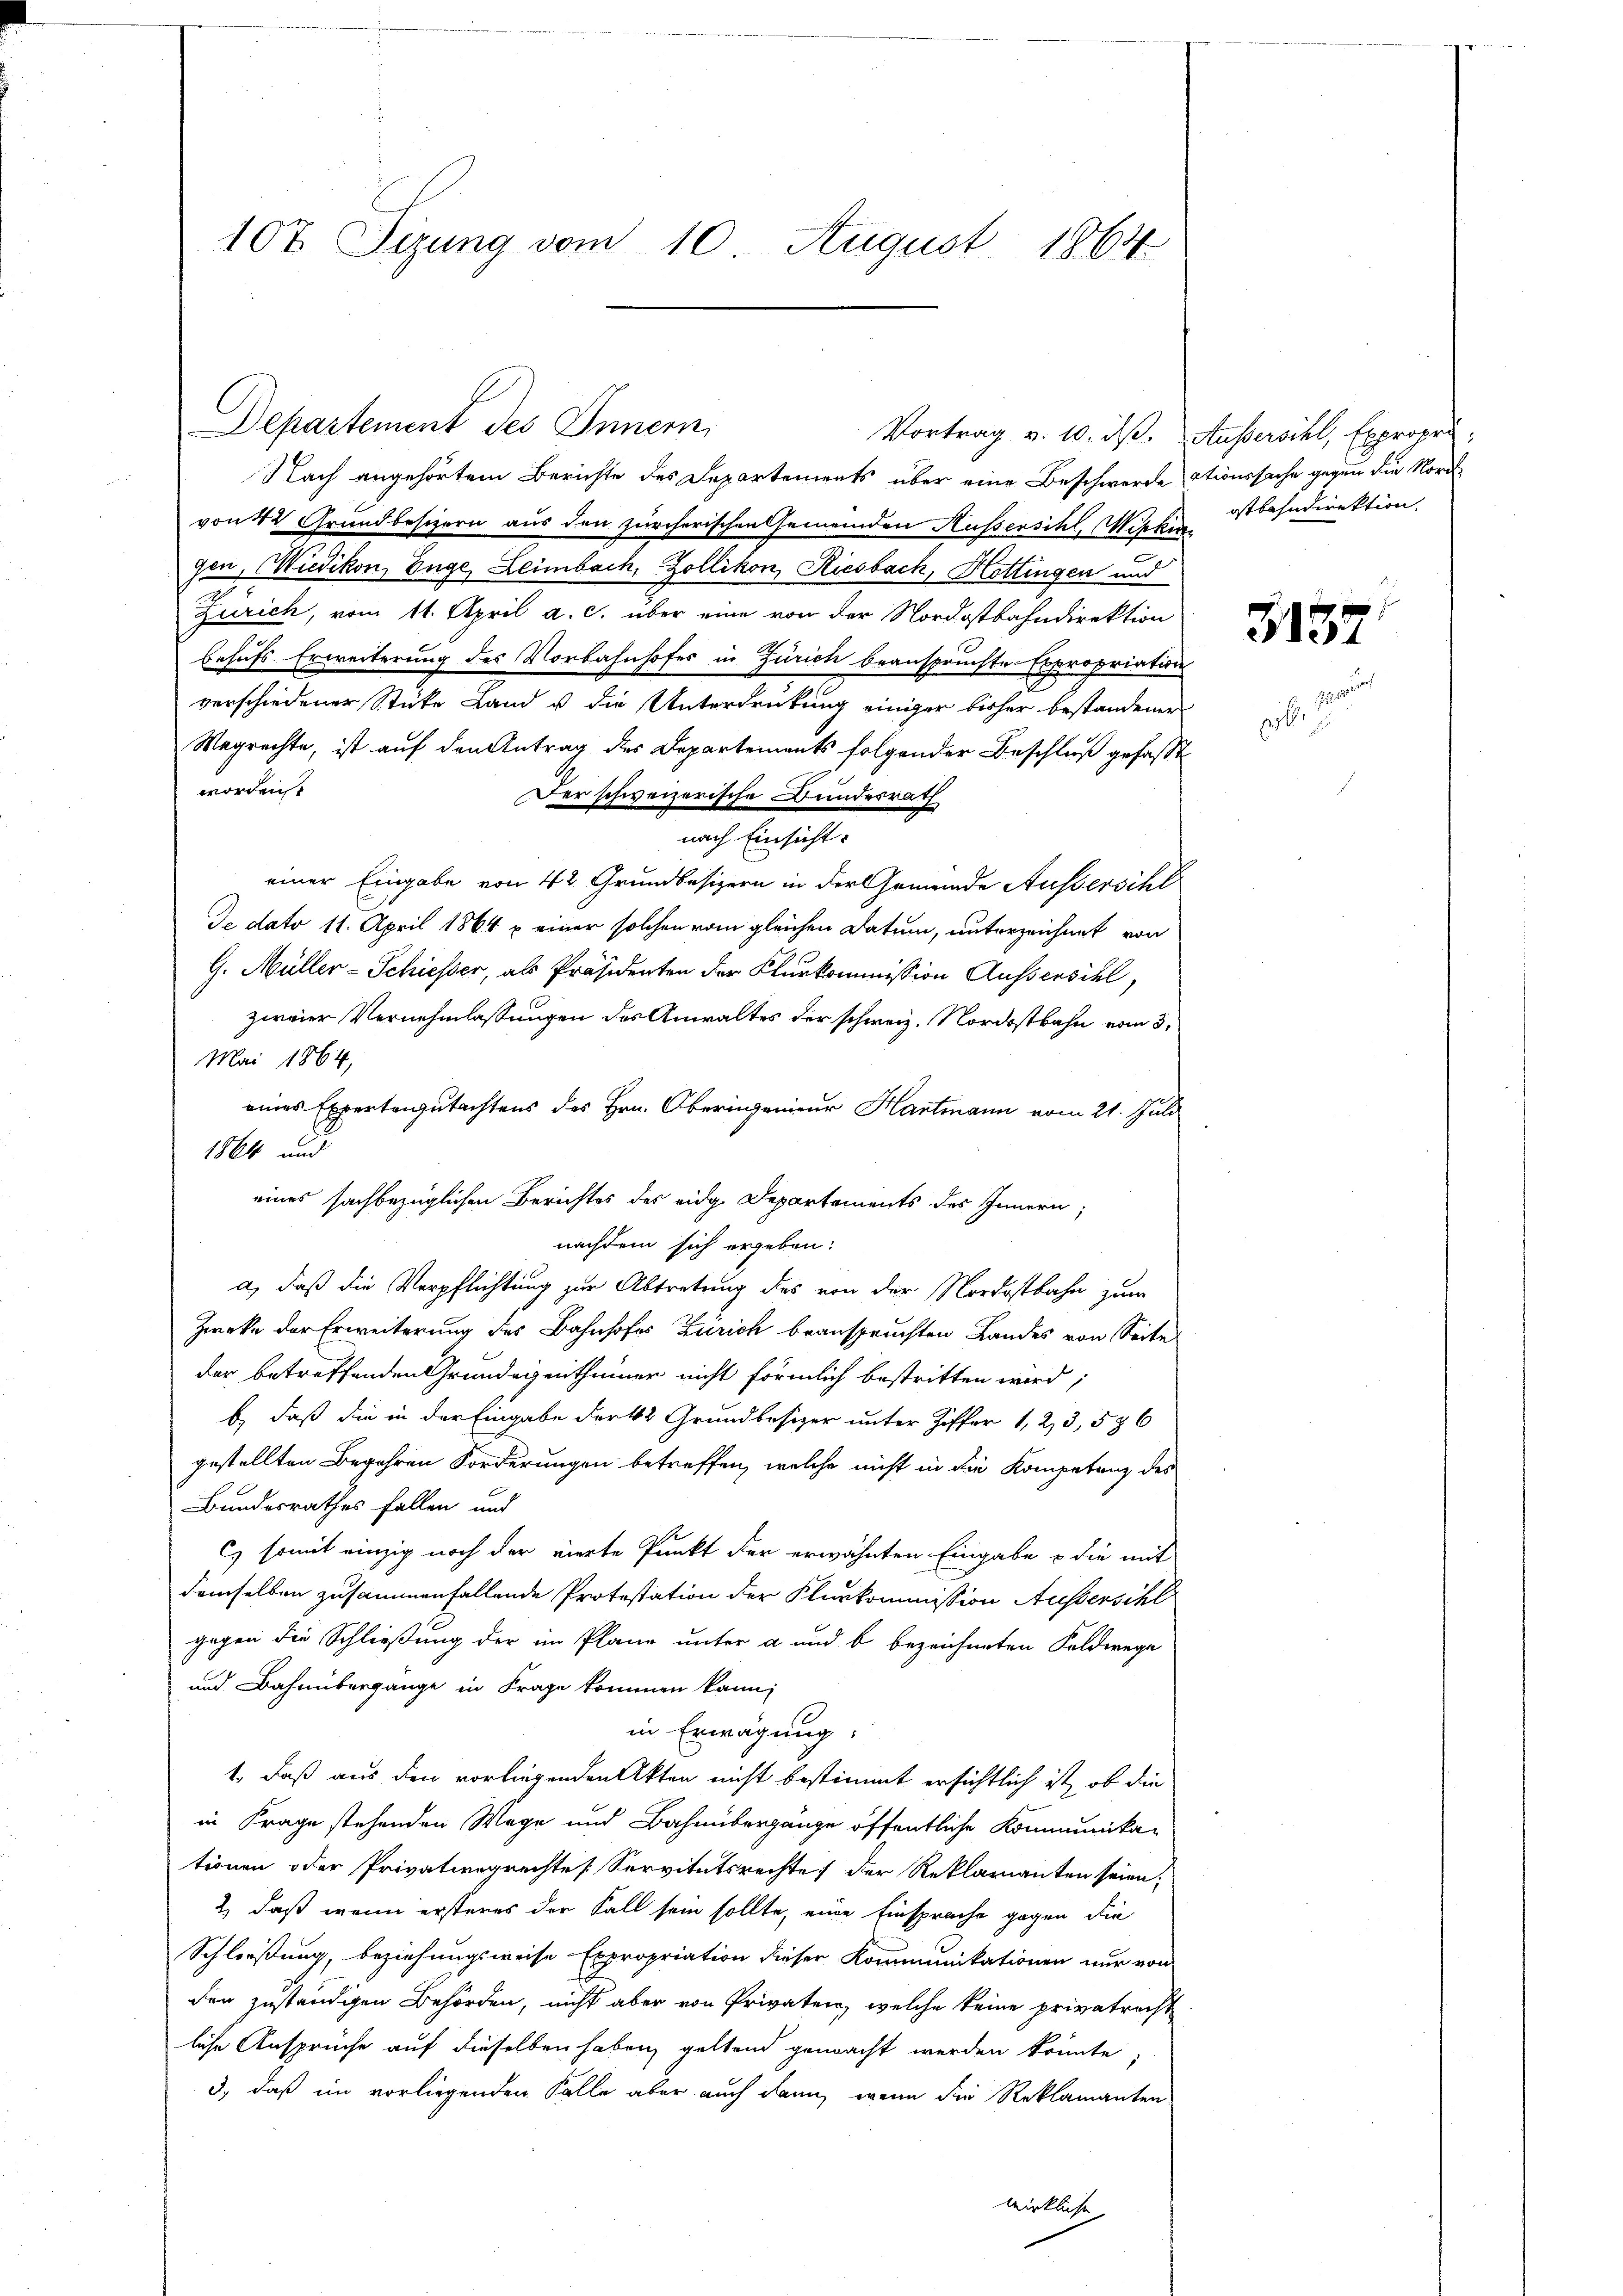
107 Sizung vom 10 August 1864

Departement des Innern,
Nach angehörtem Berichte des Departements über eine Beschwerde Stionssache gegen die Nord
von 42 Grundbesizern aus den zürcherischen Gemeinden Aussersihl, Wirkun
gen, Wiedikon, Enge, Leimbach, Zollikon, Riesbach, Hottingen und
Zürich, vom 11. April a. c. über eine von der Nordostbahndirektion
behufs Erweiterung des Vorbahnhofes in Zürich beanspruchte Expropriation
verschiedener Sticke Land u. die Unterdrückung einiger bisher bestandener
Wegrechte, ist auf den Antrag des Departements folgender Beschluß gefasst
worden
Der schweizerische Bundesrath
nach Einsicht.
einer Eingabe von 42 Grundbesizern in der Gemeinde Ausserschl
de dato 11. April 1864 x einer solchen vom gleichen Datum, unterzeichnet von
G. Müller-Schiesser, als Präsidenten der Klurkommission Aussersihl,
zweier Vernehmlassungen des Anwaltes der schweiz. Nordostbahn vom 3.
Mai 1864,
eines Expertengutachtens des Hrn. Oberingenieur Hartmann vom 21. Juli
1864 und
eines sachbezüglichen Berichtes des eidg. Departements des Innern,
nachdem sich ergeben:
a) daß die Verpflichtung zur Abtretung des von der Nordostbahn zum
Zweke der Erweiterung des Bahnhofes Zürich beanspruchten Landes von Seite
der betreffenden Grundeigenthümer nicht förmlich bestritten wird;
b) daß die in der Eingabe der k. Grundbesizer unter Ziffer 1, 23,586
gestellten Begehren Forderungen betreffen, welche nicht in die Kompetenz des
Bundesrathes fallen und
Es somit einzig noch der vierte Punkt der erwähnten Eingabe & die mit
demselben zusammenfallende Protestation der Klurkommission Aussersihl
gegen die Schließung der im Plane unter a und b. bezeichneten Feldwege
und Bahnübergange in Frage kommen kann,
in Erwägung:
1., daß aus den vorliegenden Akten nicht bestimmt ersichtlich ist, ob die
in Frage stehenden Wege und Bahnübergange öffentliche Kommunika-
tionen oder Privativegrechte Servitutsrechte der Reklamanten seien;
2) daß wenn ersteres der Fall sein sollte, eine Einsprache gegen die
Schließung, beziehungsweise Expropriation dieser Kommunikationen nur von
den zuständigen Behörden, nicht aber von Privaten, welche keine privatrecht
liche Ansprüche auf dieselben haben geltend gemacht werden könnte
3), daß im vorliegenden Falle aber auch dann, wenn die Reklamanten
wirkliche

Vortrag v. 10. dß. Außersihl, Expropri;
ostbahndirektion,

3137